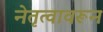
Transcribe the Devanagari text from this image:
नेतृत्वावरून